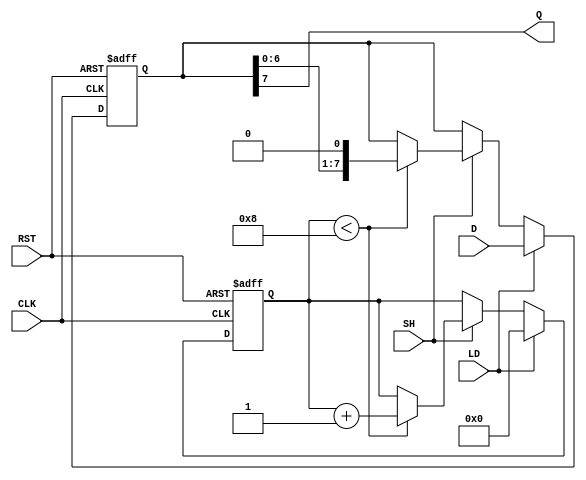
module PISO_Register (
    input wire [7:0] D,      // Parallel data input
    input wire LD,           // Load signal
    input wire SH,           // Shift signal
    input wire CLK,          // Clock signal
    output wire Q,           // Serial output
    input wire RST           // Asynchronous reset (optional)
);

    reg [7:0] data_reg;      // Register to hold the data
    reg [3:0] shift_count;   // Count for shifting bits

    assign Q = data_reg[7];  // MSB is the output

    always @(posedge CLK or posedge RST) begin
        if (RST) begin
            data_reg <= 8'b0; // Clear the register
            shift_count <= 4'b0; // Reset shift counter
        end
        else begin
            if (LD) begin
                // Load parallel data on load signal
                data_reg <= D;
                shift_count <= 4'b0; // Reset shift counter after loading
            end
            else if (SH) begin
                // Shift data if the shift signal is active
                if (shift_count < 8) begin
                    data_reg <= {data_reg[6:0], 1'b0}; // Shift left
                    shift_count <= shift_count + 1; // Increment counter
                end
                // Note: If you want the bits to shift out, you could handle that differently
            end
        end
    end

endmodule